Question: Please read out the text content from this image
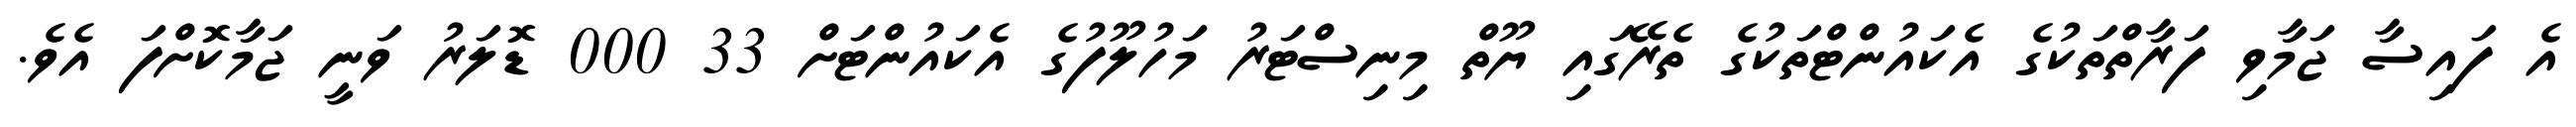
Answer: އެ ފައިސާ ޖަމާވި ފަރާތްތަކުގެ އެކައުންޓްތަކުގެ ތެރޭގައި ޔޫތް މިނިސްޓަރު މަހުލޫފުގެ އެކައުންޓަށް 33 000 ޑޮލަރު ވަނީ ޖަމާކޮށްފަ އެވެ.